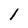
Character: 1